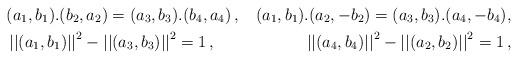
LaTeX: \begin{align*} & (a_1, b_1).(b_2, a_2) = (a_3, b_3).(b_4, a_4) \,, & (a_1, b_1).(a_2, -b_2) = (a_3, b_3).(a_4, -b_4),\\& \left|\left|(a_1, b_1)\right|\right|^2 - \left|\left|(a_3, b_3)\right|\right|^2 = 1\,, & \left|\left|(a_4, b_4)\right|\right|^2 - \left|\left|(a_2, b_2)\right|\right|^2 = 1\,, \end{align*}